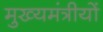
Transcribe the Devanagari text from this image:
मुख्यमंत्रीयों